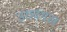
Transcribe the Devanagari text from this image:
उरुवंगल